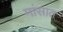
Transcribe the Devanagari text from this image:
मांसात